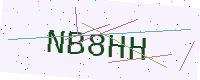
Text: NB8HH